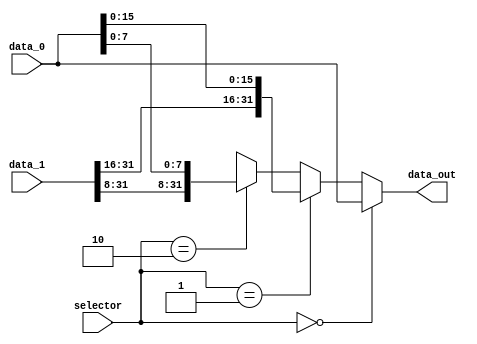
module StoreAux (
    input wire [1:0] selector,
    input wire [31:0] data_0, data_1,
    output wire [31:0] data_out
);

    assign data_out = (selector == 2'b00) ? data_0 :
                      (selector == 2'b01) ? {data_1[31:16], data_0[15:0]} :
                      (selector == 2'b10) ? {data_1[31:8], data_0[7:0]} :
                      32'dx;

endmodule